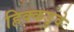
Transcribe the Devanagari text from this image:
हिक्कडुवे